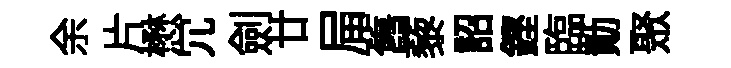
余片懋冗劍廿屇舊藜詔鏗臨勣聚